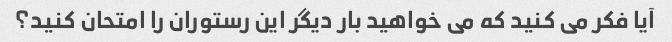
آیا فکر می کنید که می خواهید بار دیگر این رستوران را امتحان کنید؟